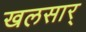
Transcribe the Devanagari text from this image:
खलसार्